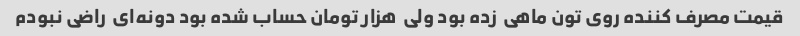
قیمت مصرف کننده روی تون ماهی  زده بود ولی  هزار تومان حساب شده بود دونه‌ای  راضی نبودم